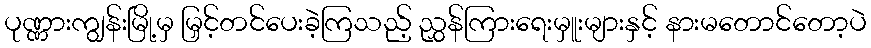
ပုဏ္ဏားကျွန်းမြို့မှ မြှင့်တင်ပေးခဲ့ကြသည့် ညွှန်ကြားရေးမှူးများနှင့် နားမတောင်တော့ပဲ